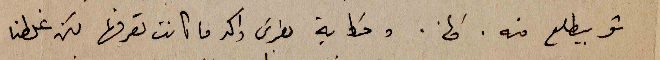
شو بيطلع منه. الخ. وحكاية بطرس واكد ما كانت تعرفها لكن غلطنا